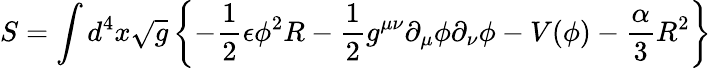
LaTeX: S=\int d^{4}x\sqrt{g}\left\{ -{\frac{1}{2}}\epsilon{\phi}^{2}R-{\frac{1}{2}}g^{\mu\nu}{\partial}_{\mu}{\phi}{\partial}_{\nu}{\phi}-V(\phi)-{\frac{\alpha}{3}}R^{2}\right\}